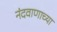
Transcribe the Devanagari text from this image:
नंदवाणाच्या